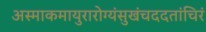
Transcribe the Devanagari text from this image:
अस्माकमायुरारोग्यंसुखंचददतांचिरं